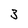
Character: 3